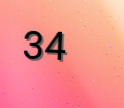
34